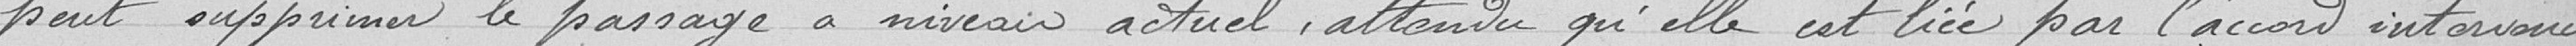
peut supprimer le passage à niveau actuel, attendu qu’elle est liée par l’accord intervenu